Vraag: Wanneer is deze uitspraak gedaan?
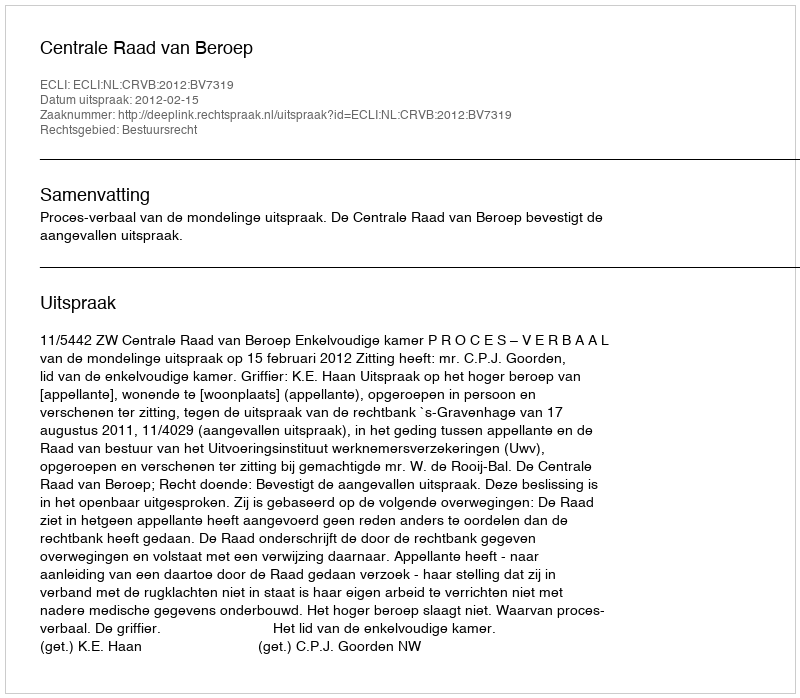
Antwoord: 2012-02-15